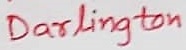
Text: Darlington